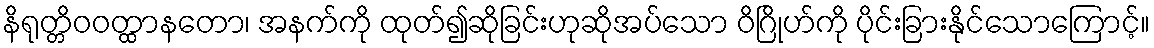
နိရုတ္တိဝဝတ္ထာနတော၊ အနက်ကို ထုတ်၍ဆိုခြင်းဟုဆိုအပ်သော ဝိဂြိုဟ်ကို ပိုင်းခြားနိုင်သောကြောင့်။